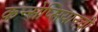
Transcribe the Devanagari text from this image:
कन्सेप्सियानची